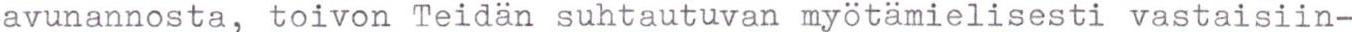
avunannosta, toivon Teidän suhtautuvan myötämielisesti vastaisiin-